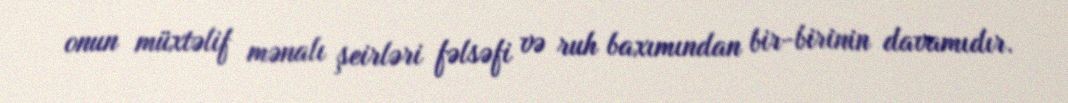
onun müxtəlif mənalı şeirləri fəlsəfi və ruh baxımından bir-birinin davamıdır.